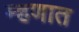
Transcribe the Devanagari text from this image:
म्हणात